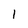
Character: 1